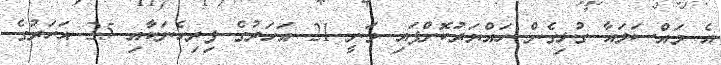
އެ މައްސަލައާ ގުޅިގެން ހައްޔަރުކޮށްފައި ވަނީ 21 އަހަރުގެ ފިރިހެނަކާއި 25 އަހަރުގެ